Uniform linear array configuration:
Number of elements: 8
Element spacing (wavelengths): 0.5
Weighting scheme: exponential
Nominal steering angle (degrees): -60
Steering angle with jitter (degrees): -59.49
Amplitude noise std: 0.05
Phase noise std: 0.05

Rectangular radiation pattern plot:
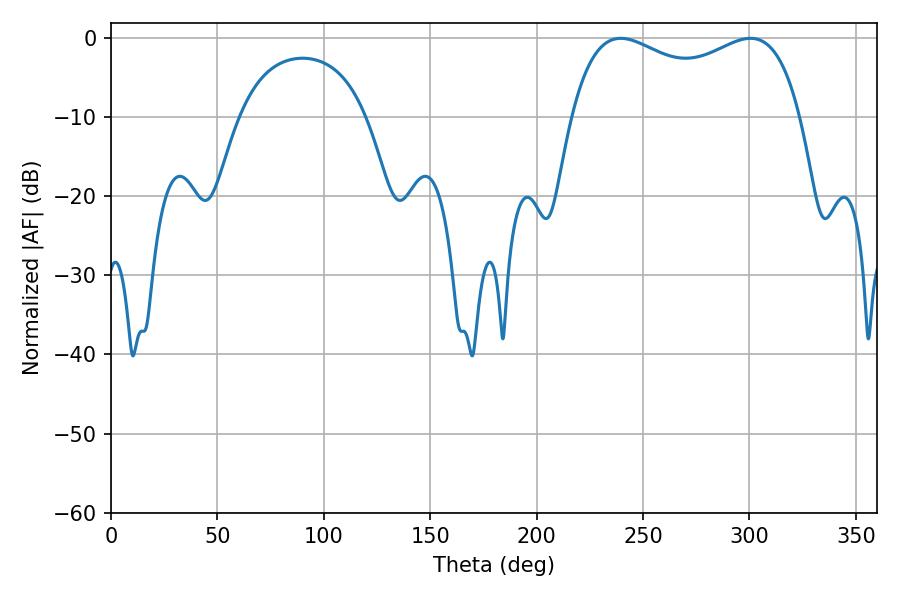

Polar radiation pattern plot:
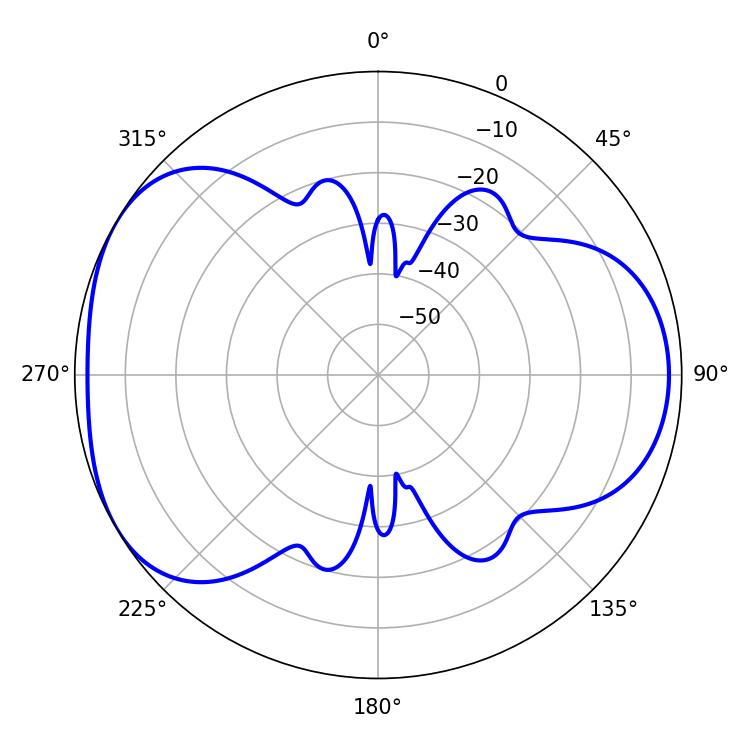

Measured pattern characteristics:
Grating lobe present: FALSE
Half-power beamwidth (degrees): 89.28
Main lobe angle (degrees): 239.58